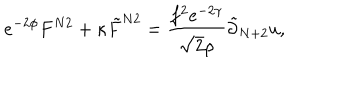
LaTeX: e ^ { - 2 \phi } F ^ { N 2 } + \kappa { \tilde { F } } ^ { N 2 } = \frac { f ^ { 2 } e ^ { - 2 \gamma } } { \sqrt { 2 } \rho } { \tilde { \partial } } _ { N + 2 } u ,